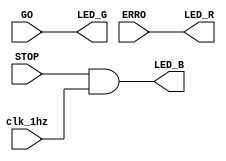
/*
Circuito que aciona o LED RGB correto, de acordo com o devido estado
Inclusive faz o led azul piscar na frequncia do sinal do clk_1hz
*/
module Controller_RGB(LED_G, LED_R, LED_B, clk_1hz, GO, ERRO, STOP);
  input clk_1hz, GO, ERRO, STOP;
  output LED_G, LED_R, LED_B;
  
  assign LED_B = STOP & clk_1hz;
  assign LED_G = GO;
  assign LED_R = ERRO;

endmodule